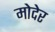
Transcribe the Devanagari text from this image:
मोदेर